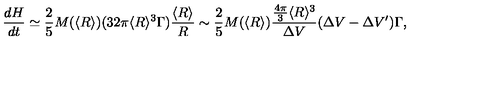
\frac { d H } { d t } \simeq \frac { 2 } { 5 } M ( \langle R \rangle ) ( 3 2 \pi \langle R \rangle ^ { 3 } \Gamma ) \frac { \langle R \rangle } { R } \sim \frac { 2 } { 5 } M ( \langle R \rangle ) \frac { \frac { 4 \pi } { 3 } \langle R \rangle ^ { 3 } } { \Delta V } ( \Delta V - \Delta V ^ { \prime } ) \Gamma ,